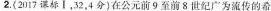
2.(2017谋标Ⅰ，32，4分)在公元前9至前8世纪广为流传的希